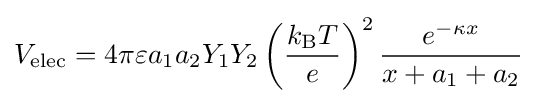
V_{\text{elec}}=4\pi \varepsilon a_{1}a_{2}Y_{1}Y_{2}\left({\frac {k_{\text{B}}T}{e}}\right)^{2}{\frac {e^{-\kappa x}}{x+a_{1}+a_{2}}}